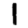
Digit: 1